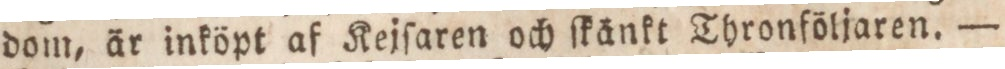
dom, är inköpt af Keiſaren och ſkänkt Thronföljaren. —